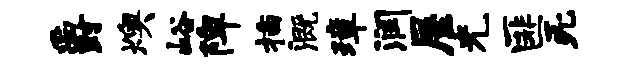
爵燠峪陴插溉璋润屋光匪死